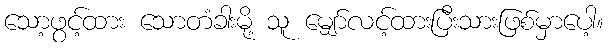
သော့ဖွင့်ထား သောတံခါးမို့ သူ မျှော်လင့်ထားပြီးသားဖြစ်မှာပေါ့။